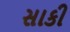
સાકી